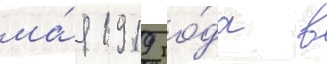
ма́я 1919 го́да в